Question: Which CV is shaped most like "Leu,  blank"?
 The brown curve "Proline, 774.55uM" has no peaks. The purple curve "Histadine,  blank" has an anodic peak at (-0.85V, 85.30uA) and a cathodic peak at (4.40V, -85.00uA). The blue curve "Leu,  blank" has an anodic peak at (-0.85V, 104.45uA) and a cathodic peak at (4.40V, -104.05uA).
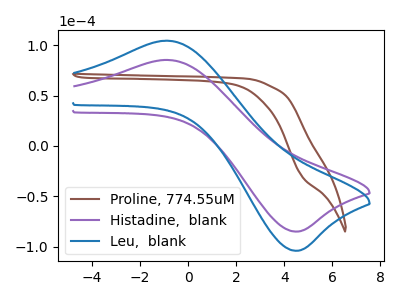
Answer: <think>"Proline, 774.55uM" and "Histadine,  blank" have a different number of peaks. "Proline, 774.55uM" and "Leu,  blank" have a different number of peaks. All the peaks in "Histadine,  blank" have a peak in "Leu,  blank" at the same potential. Every peak in "Histadine,  blank" is lower than every peak in "Leu,  blank".
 </think>
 <answer>The CV with the most similar shape to "Histadine,  blank" is "Leu,  blank".</answer>
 <eval>"Leu,  blank"</eval>